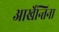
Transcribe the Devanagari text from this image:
आर्खेन्तिना